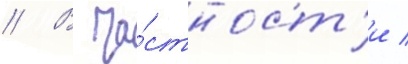
// В ча́стност'и /